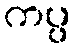
ကပ္ပ